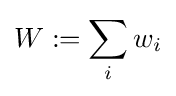
W:=\sum _{i}w_{i}